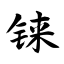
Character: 铼